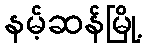
နမ့်ဆန်မြို့